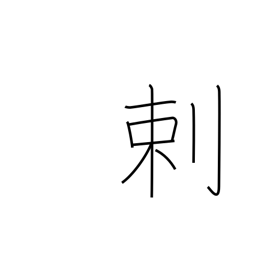
Meaning: opposed